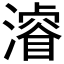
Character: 𣿰